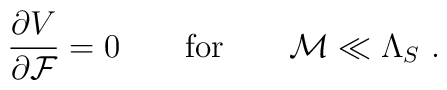
\frac{\partial V}{\partial {\cal F}}=0 \quad \quad {\rm for}\quad \quad {\cal M}\ll {\Lambda_S} \ .